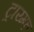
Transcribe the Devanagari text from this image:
ट्राय्म्फ